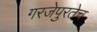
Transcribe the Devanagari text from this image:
गरजेपुरतेच